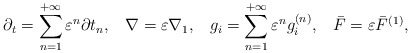
\begin{align*}{\partial _t} = \sum\limits_{n = 1}^{ + \infty } {{\varepsilon ^n}\partial {t_n}} , \; \;\;\nabla = \varepsilon {\nabla _1}, \; \;\;{g_i} = \sum\limits_{n = 1}^{ + \infty } {{\varepsilon ^n}g_i^{\left( n \right)}} , \; \;\; \bar F = \varepsilon {\bar F^{\left( 1 \right)}},\end{align*}